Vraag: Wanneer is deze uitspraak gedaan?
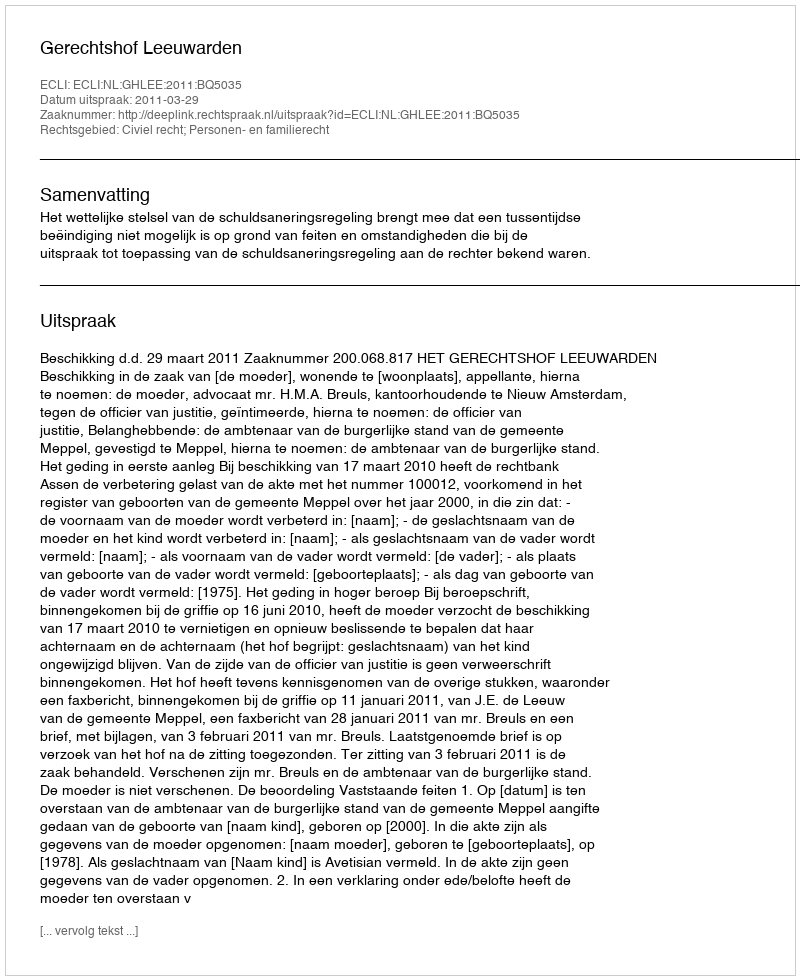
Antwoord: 2011-03-29